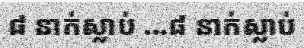
៨ នាក់ស្លាប់ ...៨ នាក់ស្លាប់